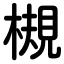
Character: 槻